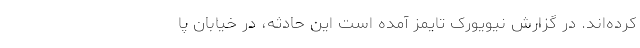
کرده‌اند. در گزارش نیویورک تایمز آمده است این حادثه، در خیابان پا